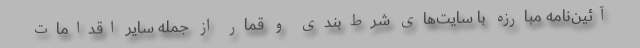
آئین‌نامه مبارزه با سایت‌های شرط‌بندی و قمار از جمله سایر اقدامات